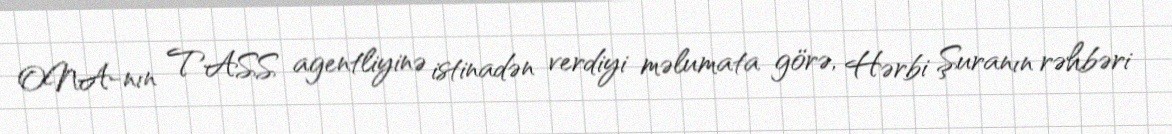
ONA-nın TASS agentliyinə istinadən verdiyi məlumata görə, Hərbi Şuranın rəhbəri